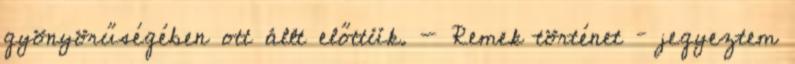
gyönyörűségében ott állt előttük. - Remek történet – jegyeztem